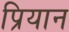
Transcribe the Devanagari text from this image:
प्रियान